Report of the Indian Hemp Drugs Commission, 1894-1895 - Volume VI
Year: 1894
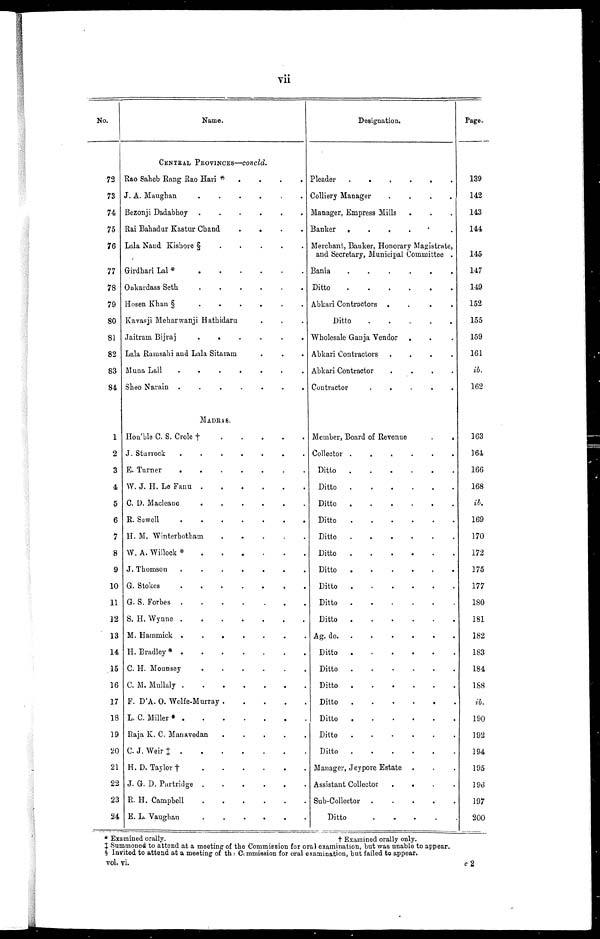
VII
No.
Name.
Designation.
Page.
CENTRAL PROVINCES—c o n c l d .
72 Rao Saheb Rang Rao Hari * . . . Pleader
139
73 J. A. Maughan . . .
Colliery Manager . . .
142
74 Bezonji Dadabhoy . . . Manager, Empress Mills . . .
143
75 Rai Bahadur Kastur Chand . . . Banker . . .
144
76 Lala Nand Kishore §
.
.
. Merchant, Banker, Honorary Magistrate,
and Secretary, Municipal Committee .
145
77 Girdhari Lal * . . . Bania . . .
117
78 Onkardass Seth . . . Ditto . . .
149
79 Hosen Khan §
.
.
. Abkari Contractors . . .
152
80 Kavasji Meharwanji Hathidaru
D i t t o . . .
155
81 Jaitram Bijraj . . . Wholesale Ganja Vendor . . .
159
82 Lala Ramsahi and Lala Sitaram . . . Abkari Contractors . . .
161
83 Muna Lall . . . Abkari Contractor . . .
ib.
84 Sheo Narain . . . Contractor . . .
162
MADRAS.
1 Hon'ble C. S. Crole † . . .
Member, Board of Revenue . . .
163
2 J. Sturrock . . . Collector . . .
164
3 E. Turner . . . Ditto . . .
166
4 W. J. H. Le Fanu . . . Ditto . . .
168
5 C. D. Macleane . . . Ditto . . .
ib.
6 R. Sewell . . . Ditto . . .
169
7 H. M. Winterbotham . . . Ditto . . .
170
S W. A. Willock * . . .
Ditto . . .
172
9 J. Thomson . . . Ditto . . .
175
10 G. Stokes . . . Ditto . . .
177
11 G. S. Forbes . . . Ditto . . .
180
12 S. H. Wynne . . .
Ditto . . .
181
13 M. Hammick . . .
Ag. do. . . .
182
11 H. Bradley * . . . Ditto . . .
183
15 C. H. Mounsey . . . Ditto . . .
184
16 C. 111. Mullaly . . . Ditto . . .
188
17 F. D'A. 0. Wolfe-Murray . . . Ditto . . .
ib.
18 L. C. Miller * . . . Ditto . . .
190
19 Raja K. C. Manavedan . . . Ditto . . .
192
20 C. J. Weir ‡ . . . Ditto . . .
194
21 H. D. Taylor † . . . Manager, Jeypore Estate . . .
195
22 J. G. D. Partridge . . . Assistant Collector . . .
19d
23 R. H. Campbell . . . Sub-Collector . . .
197
24 E. L. Vaughan . . .
Ditto . . .
200
Examined orally.
† Examined orally only.
Summoned to attend at a meeting of the Commission for oral examination, but was unable to appear.
§ Invited to attend at a meeting of the Commission for oral examination, but failed to appear.
vol. vi.
c 2